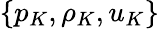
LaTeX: \left\{ p_{K},\rho_{K},u_{K}\right\}